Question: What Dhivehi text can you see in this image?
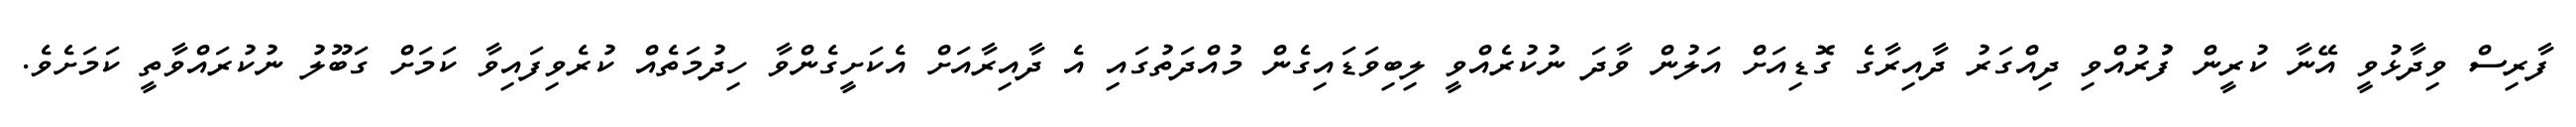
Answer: ފާރިސް ވިދާޅުވީ އޭނާ ކުރީން ފުުރުއްވި ދިއްގަރު ދާއިރާގެ ގޮޑިއަށް އަލުން ވާދަ ނުކުރެއްވީ ލިބިވަޑައިގެން މުއްދަތުގައި އެ ދާއިރާއަށް އެކަށީގެންވާ ހިދުމަތެއް ކުރެވިފައިވާ ކަމަށް ގަބޫލު ނުކުރައްވާތީ ކަމަށެވެ.